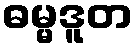
ဓမ္မဒူတ